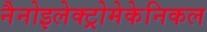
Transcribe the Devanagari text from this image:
नैनोइलेक्ट्रोमेकेनिकल